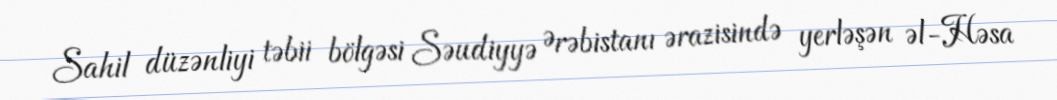
Sahil düzənliyi təbii bölgəsi Səudiyyə Ərəbistanı ərazisində yerləşən əl-Həsa